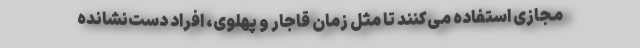
مجازی استفاده می‌کنند تا مثل زمان قاجار و پهلوی، افراد دست‌نشانده